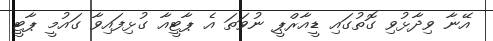
އޭނާ ވިދާޅުވި ގޮތުގައި ޑީއާރްޕީ ނުވަތަ އެ ޕާޓީއާ ގުޅިފައިވާ ގައުމީ ޕާޓީ